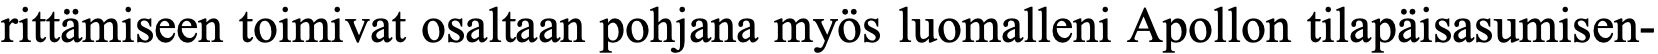
rittämiseen toimivat osaltaan pohjana myös luomalleni Apollon tilapäisasumisen-